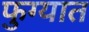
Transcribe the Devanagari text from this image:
फुग्यात